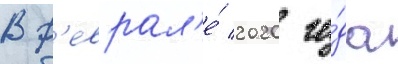
В ф'еврал'е́ 2020 го́да